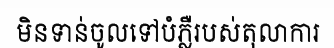
មិនទាន់ចូលទៅបំភ្លឺរបស់តុលាការ